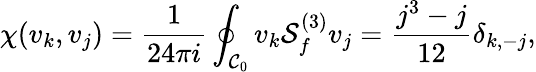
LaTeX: \chi(v_{k},v_{j})={\frac{1}{24\pi i}}\oint_{{\cal C}_{0}}v_{k}{\cal S}_{f}^{(3)}v_{j}={\frac{j^{3}-j}{12}}\delta_{k,-j},